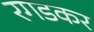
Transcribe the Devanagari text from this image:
रगडकर